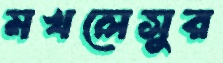
মখলেসুর